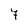
Character: 7